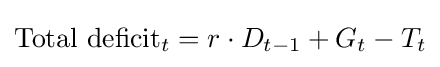
{\text{Total deficit}}_{t}=r\cdot D_{t-1}+G_{t}-T_{t}